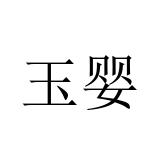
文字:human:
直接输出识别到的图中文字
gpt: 玉婴